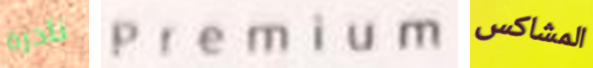
نادرة Premium المشاكس